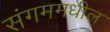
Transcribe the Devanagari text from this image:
संगममधील